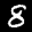
Label: 8